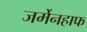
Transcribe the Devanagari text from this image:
जर्मेनहाफ